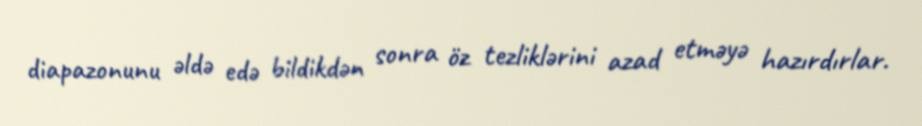
diapazonunu əldə edə bildikdən sonra öz tezliklərini azad etməyə hazırdırlar.